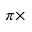
\pi \times